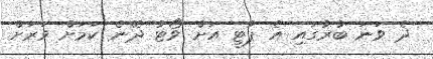
ދެ ވަނަ ބުރުގައި އެ ޕާޓީ އަށް ވޯޓު ދޭނެ ކަމަށް ވަރަށް